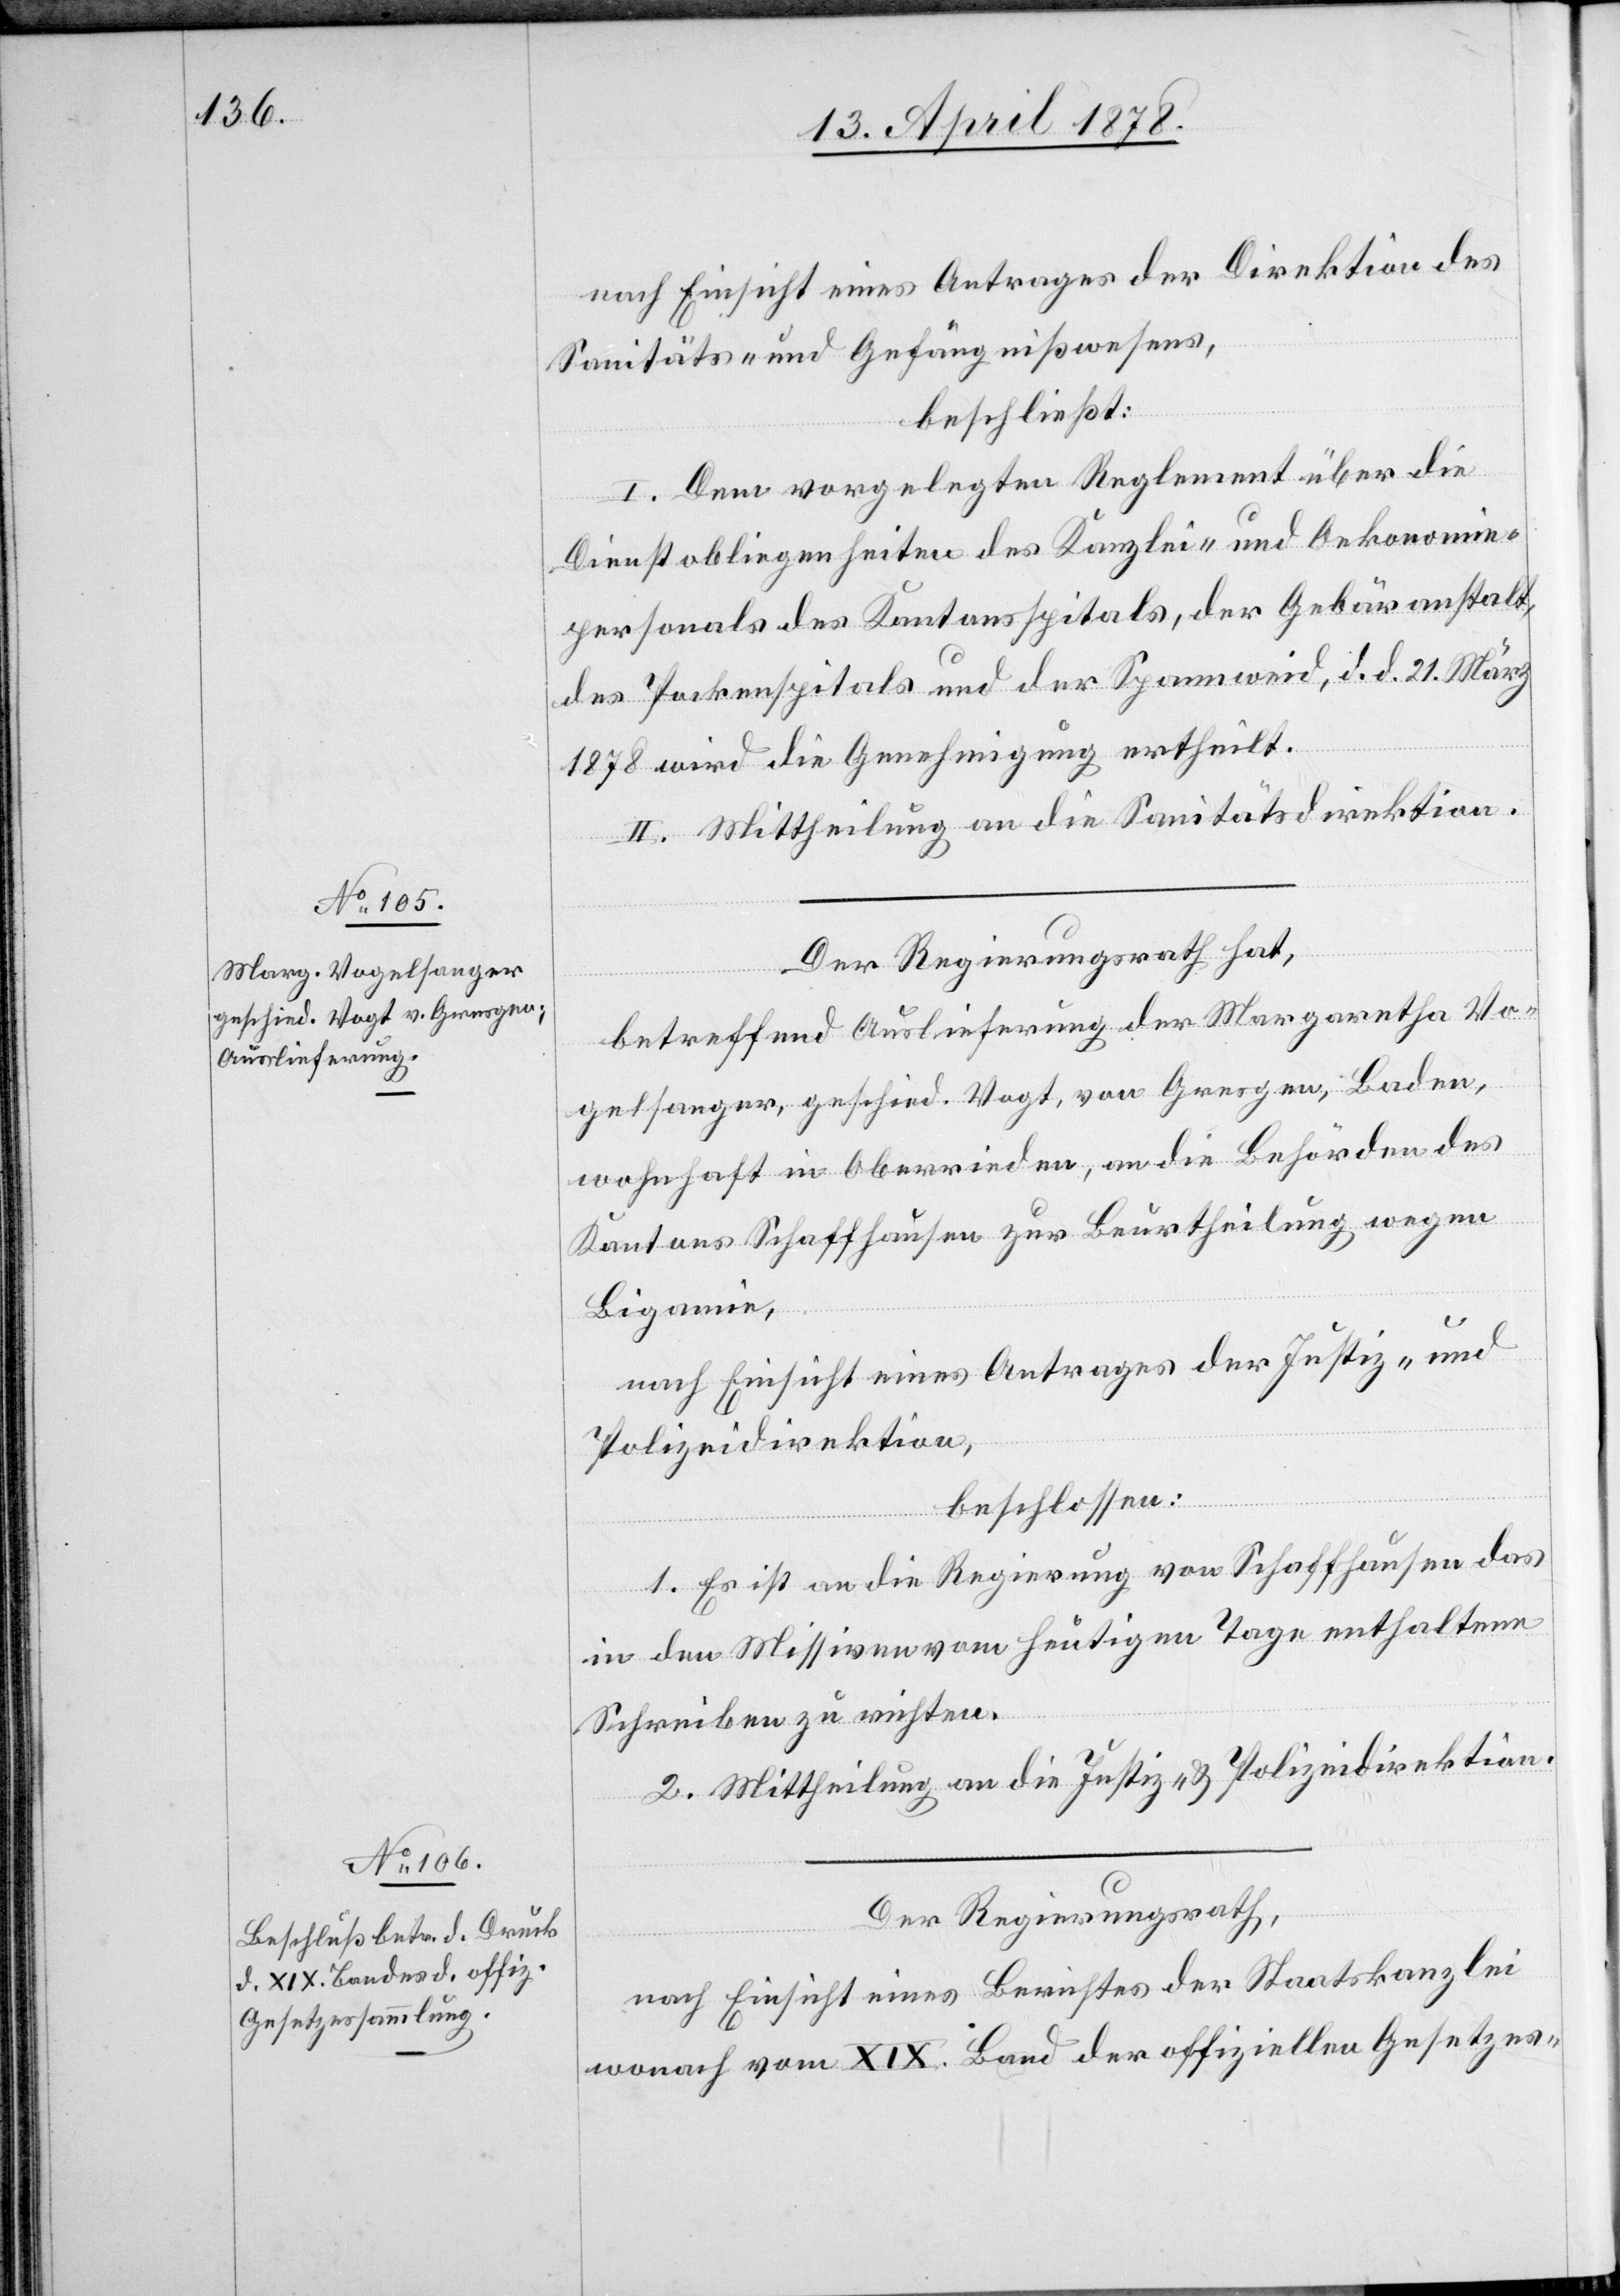
nach Einsicht eines Antrages der Direktion des
Sanitäts- & Gefängnißwesens,
beschließt:
I. Dem vorgelegten Reglement über die
Dienstobliegenheiten des Kanzlei- und Oekonomie¬
personals des Kantonsspitals, der Gebäranstalt,
des Pockenspitals und der Spannweid, d. d. 21. März
1878 wird die Genehmigung ertheilt.
II. Mittheilung an die Sanitätsdirektion.
Der Regierungsrath hat,
betreffend Auslieferung der Margaretha Vo¬
gelsanger, geschied. Vogt, von Gresgen, Baden,
wohnhaft in Oberrieden, an die Behörden des
Kantons Schaffhausen zur Beurtheilung wegen
Bigamie,
nach Einsicht eines Antrages der Justiz- und
Polizeidirektion,
beschlossen:
1. Es ist an die Regierung von Schaffhausen das
in den Missiven vom heutigen Tage enthaltene
Schreiben zu richten.
2. Mittheilung an die Justiz- & Polizeidirektion.
Der Regierungsrath,
nach Einsicht eines Berichtes der Staatskanzlei
wonach vom XIX. Band der offiziellen Gesetzes-